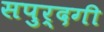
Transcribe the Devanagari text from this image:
सपुर्दगी